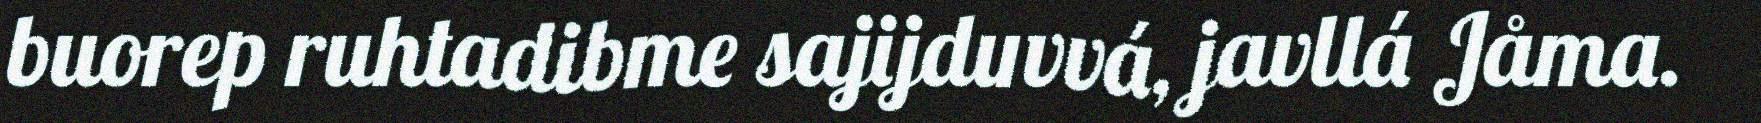
buorep ruhtadibme sajijduvvá, javllá Jåma.